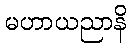
မဟာယညာနိ